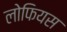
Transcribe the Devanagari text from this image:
लोफियस